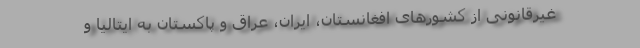
غیرقانونی از کشورهای افغانستان، ایران، عراق و پاکستان به ایتالیا و